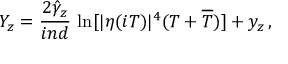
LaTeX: Y _ { z } = \frac { 2 \hat { \gamma } _ { z } } { i n d } \, \ln [ | \eta ( i T ) | ^ { 4 } ( T + \overline { { { T } } } ) ] + y _ { z } \, ,